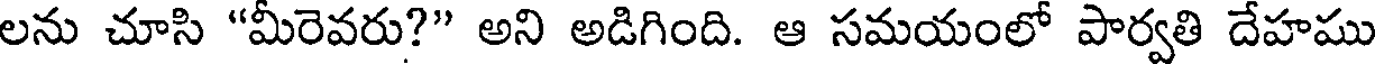
లను చూసి "మీరెవరు?" అని అడిగింది. ఆ సమయంలో పార్వతి దేహము